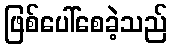
ဖြစ်ပေါ်စေခဲ့သည်